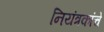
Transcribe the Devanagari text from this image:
नियंत्रकांचे